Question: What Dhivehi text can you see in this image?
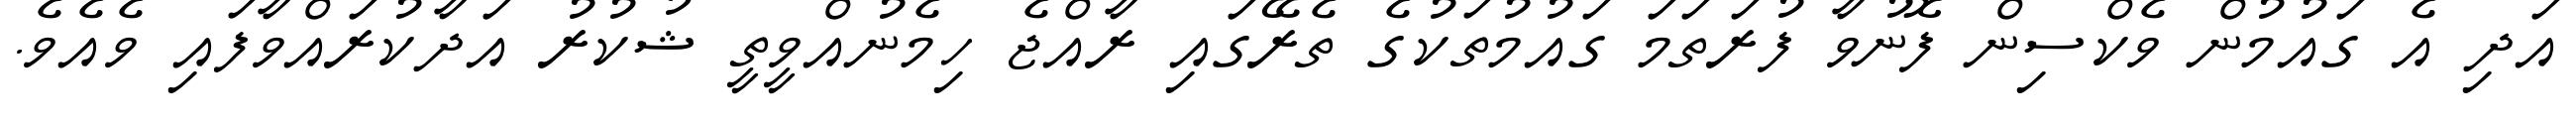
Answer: އަދި އެ ގައުމުން ވެކްސިން ފޮނުވާ ފުރަތަމަ ގައުމުތަކުގެ ތެރޭގައި ރާއްޖެ ހިމެނުއްވީތީ ޝުކުރު އަދާކުރައްވާފައި ވެއެވެ.